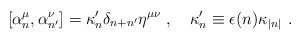
LaTeX: \begin{align*}\lbrack \alpha _{n}^{\mu },\alpha _{n^{\prime }}^{\nu }]=\kappa _{n}^{\prime}\delta _{n+n^{\prime }}\eta ^{\mu \nu }\,\,,\quad \kappa _{n}^{\prime}\equiv \epsilon (n)\kappa _{|n|}\,\,. \end{align*}